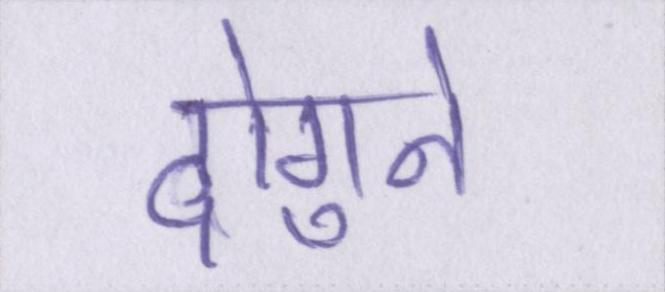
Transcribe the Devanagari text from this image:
दोगुने